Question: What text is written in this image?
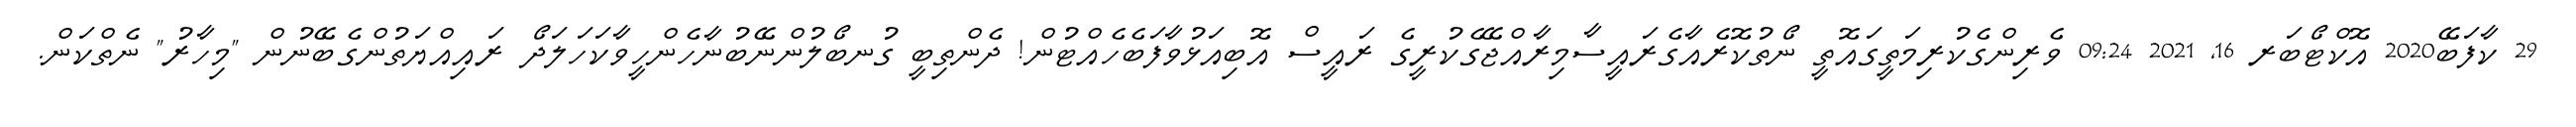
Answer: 29 ކާފަބޭ2020 އޮކްޓޯބަރ 16, 2021 09:24 ވެރިންގެކުރިމަތީގައޮތީ ނޯތުކޮރެއާގެރައީސާމިރާއްޖޭގެކުރީގެ ރައީސް އޮބިއަޅުވާފަބެހެއްޓުން! ދެންތިބީ ގުނބޯލުންނޭބުނާހެންހީވާކަހަލަދޯ ރައިއްޔަތުންގެބޭނުން "މިހާރު" ނެތްކަން.